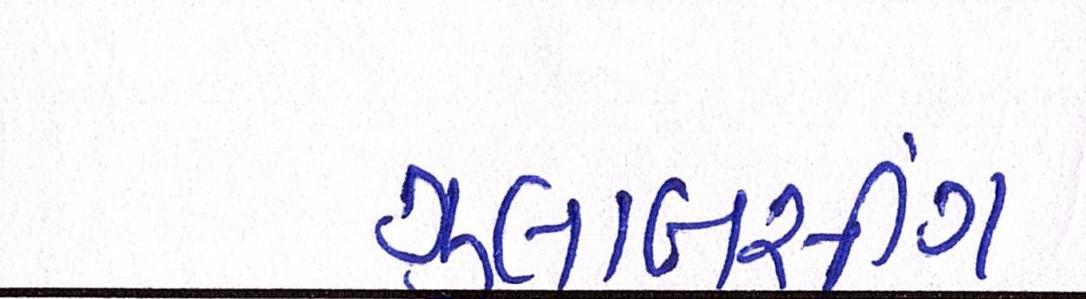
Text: ગુલાબસીંગ